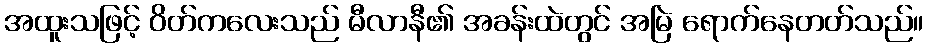
အထူးသဖြင့် ဝိတ်ကလေးသည် မီလာနီ၏ အခန်းထဲတွင် အမြဲ ရောက်နေတတ်သည်။